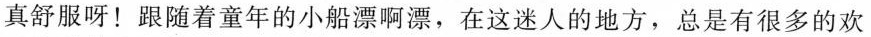
真舒服呀！跟随着童年的小船漂啊漂，在这迷人的地方，总是有很多的欢